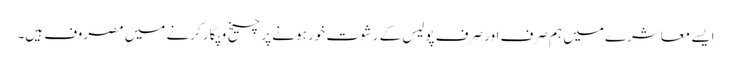
ایسے معاشرے میں ہم صرف اور صرف پولیس کے رشوت خور ہونے پر چیخ و پکار کرنے میں مصروف ہیں۔